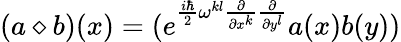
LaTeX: (a\diamond b)(x)=(e^{\frac{i\hbar}{2}\omega^{kl}\frac{\partial}{\partial x^{k}}\frac{\partial}{\partial y^{l}}}a(x)b(y))